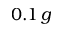
0 . 1 \, g